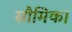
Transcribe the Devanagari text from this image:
सौमिक।